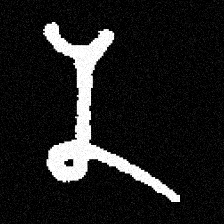
Pyu character \u2014 Myanmar letter: န (romanized: na)